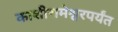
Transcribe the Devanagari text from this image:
काशीरामेश्वरपर्यंत